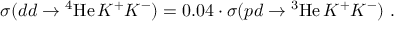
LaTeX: \sigma ( d d \rightarrow \mathrm { ^ 4 H e } \, K ^ { + } K ^ { - } ) = 0 . 0 4 \cdot \sigma ( p d \rightarrow \mathrm { ^ 3 H e } \, K ^ { + } K ^ { - } ) \ .